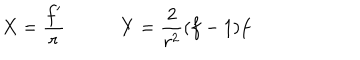
\begin{array} { c c } { { X = \displaystyle { \frac { f ^ { \prime } } { r } } ~ } } & { { ~ Y = \displaystyle { \frac { 2 } { r ^ { 2 } } } ( f - 1 ) f } } \\ \end{array}